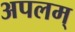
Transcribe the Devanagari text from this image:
अपलम्